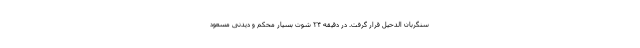
سنگربان الدحیل قرار گرفت. در دقیقه ۲۴ شوت بسیار محکم و دیدنی مسعود